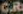
C.R